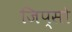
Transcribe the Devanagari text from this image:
जिप्सो